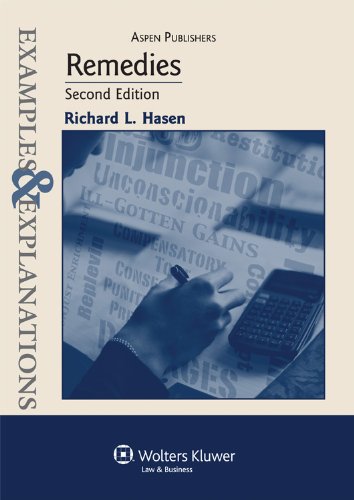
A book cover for Examples and Explanations: Remedies, 2nd Edition (Examples & Explanations); Richard L. Hasen; Law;